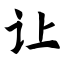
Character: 让